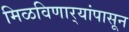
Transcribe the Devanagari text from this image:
मिळविणार्‍यांपासून